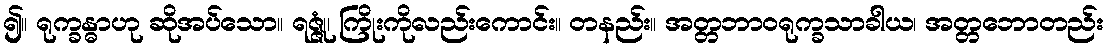
၍။ ရုက္ခန္ဓာဟု ဆိုအပ်သော။ ရဇ္ဇုံ၊ ကြိုးကိုလည်းကောင်း။ တနည်း။ အတ္တဘာဝရုက္ခသာခါယ၊ အတ္တဘောတည်း